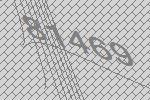
81469